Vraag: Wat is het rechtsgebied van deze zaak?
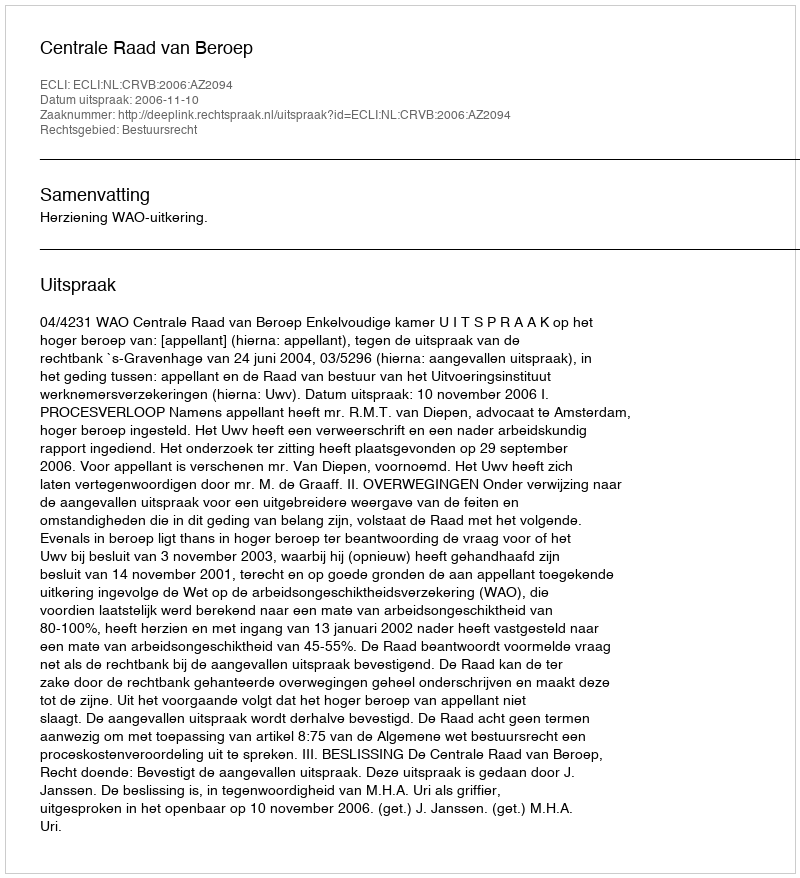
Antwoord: Bestuursrecht